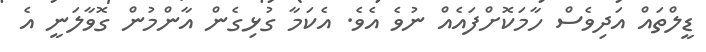
ޑީލްތައް އަދިވެސް ހާމަކޮށްފައެއް ނުވެ އެވެ. އެކަމާ ގުޅިގެން އާންމުން ގޮވާލަނީ އެ